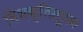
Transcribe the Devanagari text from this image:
विभक्तिसूचक